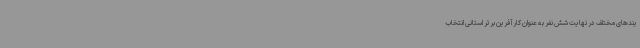
یندهای مختلف در نهایت شش نفر به عنوان کارآفرین برتر استانی انتخاب